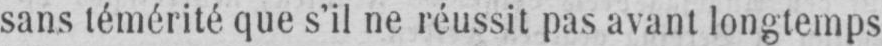
sans témérité que s’il ne réussit pas avant longtemps